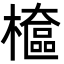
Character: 檶